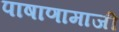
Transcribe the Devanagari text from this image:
पाषाणामाजी